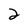
Character: 2